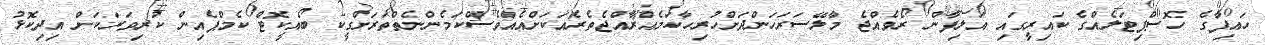
ހައިފާގެ ހޮސްޕިޓަލެއްގެ ކައިރީގައި އަލިފާން ރޯވެއްޖެ މާލޭސަރަހަންދަށްހުރިހާކަމެއްރާއްޖެތެރެއަކަށްއެއްވެސްކަމެންނެތްތަރަށްގީކ ބޯއީކޮޓް ކެމްޕެއިން ކުރިވަރަކަށް އިދިކޮޅު